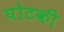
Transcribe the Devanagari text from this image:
घोटकी